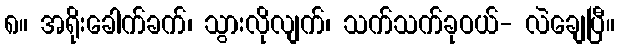
၈။ အရိုးခေါက်ခက်၊ သွားလိုလျက်၊ သက်သက်ခုဝယ်- လဲချေပြီ။